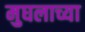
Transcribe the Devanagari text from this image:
मुघलाच्या